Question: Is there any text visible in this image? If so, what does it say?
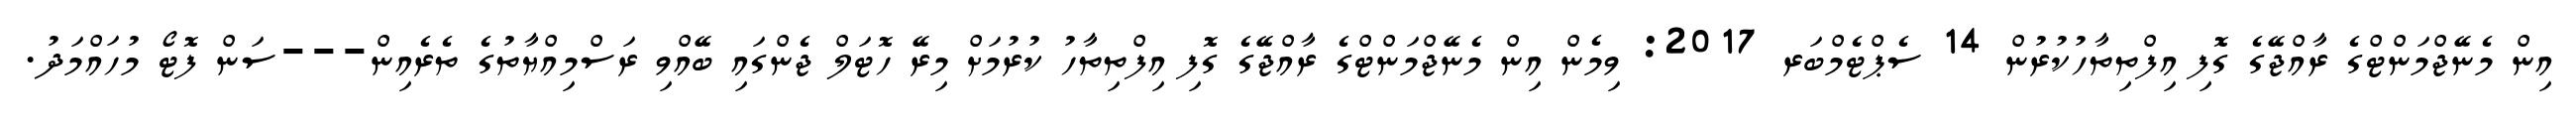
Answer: އިން މެނޭޖްމަންޓްގެ ރާއްޖޭގެ ގޮފި އިފްތިތާހުކުރުން 14 ސެޕްޓެމްބަރ 2017: ވިމެން އިން މެނޭޖްމަންޓްގެ ރާއްޖޭގެ ގޮފި އިފްތިތާހު ކުރުމަށް މިރޭ ހޮޓަލް ޖެންގައި ބޭއްވި ރަސްމިއްޔާތުގެ ތެރެއިން---ސަން ފޮޓޯ މުހައްމަދު.